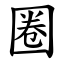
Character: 圈